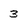
Character: 3